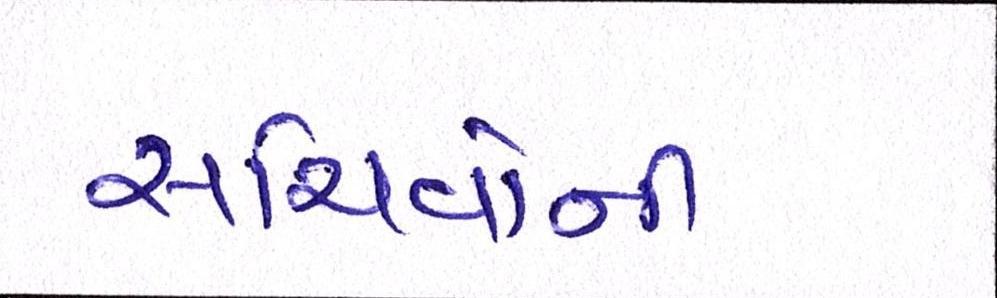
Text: સચિવોની